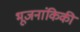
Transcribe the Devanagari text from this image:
भूजनांकिकी